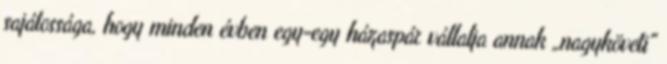
sajátossága, hogy minden évben egy-egy házaspár vállalja annak „nagyköveti"